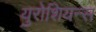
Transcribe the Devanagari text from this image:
युरोशियन्स